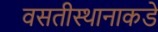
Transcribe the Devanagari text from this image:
वसतीस्थानाकडे